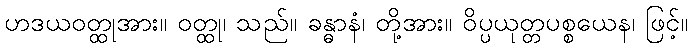
ဟဒယဝတ္ထုအား။ ဝတ္ထု၊ သည်။ ခန္ဓာနံ၊ တို့အား။ ဝိပ္ပယုတ္တပစ္စယေန၊ ဖြင့်။